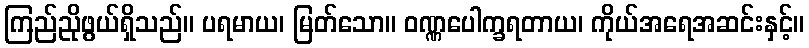
ကြည်ညိုဖွယ်ရှိသည်။ ပရမာယ၊ မြတ်သော။ ဝဏ္ဏပေါက္ခရတာယ၊ ကိုယ်အရေအဆင်းနှင့်။